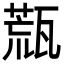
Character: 㼹